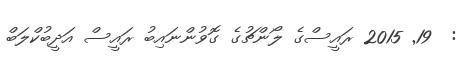
:  19